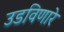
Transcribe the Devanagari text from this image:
उडविणारे